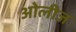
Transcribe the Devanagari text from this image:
ओलीज